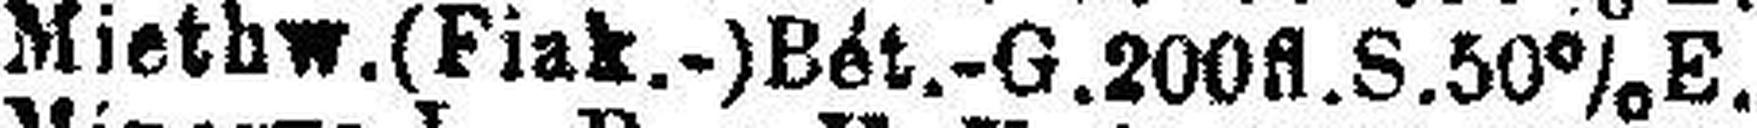
Miethw.(Fiak.-)Bét.-G.200fl.S.50% E.